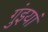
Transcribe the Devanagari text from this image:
गुंइयां